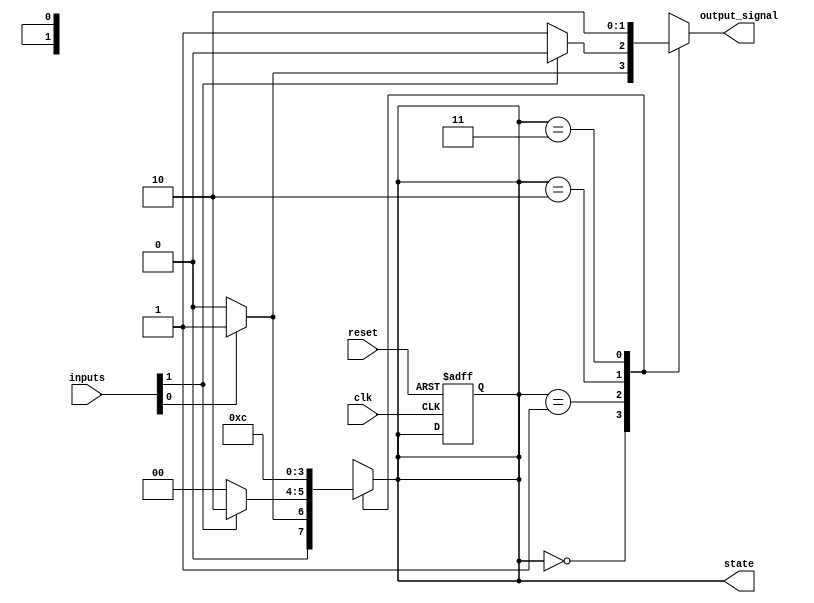
module N_bit_mealy_fsm #(
    parameter N = 2,           // Number of bits for the state
    parameter NUM_STATES = 4   // Number of states (2^N)
) (
    input wire clk,            // Clock signal
    input wire reset,          // Active high reset
    input wire [1:0] inputs,   // Input signals (adjust size as needed)
    output reg [N-1:0] state,  // Current state
    output reg output_signal    // Output signal
);

// State encoding
localparam STATE_0 = 2'b00;
localparam STATE_1 = 2'b01;
localparam STATE_2 = 2'b10;
localparam STATE_3 = 2'b11;

// Next state logic
always @(*) begin
    case(state)
        STATE_0: begin
            if (inputs[0]) begin
                state = STATE_1;
                output_signal = 1'b1; // Output for STATE_0
            end else begin
                state = STATE_0;
                output_signal = 1'b0; // Output for STATE_0
            end
        end
        STATE_1: begin
            if (inputs[1]) begin
                state = STATE_2;
                output_signal = 1'b0; // Output for STATE_1
            end else begin
                state = STATE_0;
                output_signal = 1'b1; // Output for STATE_1
            end
        end
        STATE_2: begin
            state = STATE_3; // Transition to STATE_3
            output_signal = 1'b1; // Output for STATE_2
        end
        STATE_3: begin
            state = STATE_0; // Transition back to STATE_0
            output_signal = 1'b0; // Output for STATE_3
        end
        default: begin
            state = STATE_0; // Default state
            output_signal = 1'b0; // Default output
        end
    endcase
end

// State register
always @(posedge clk or posedge reset) begin
    if (reset) begin
        state <= STATE_0; // Reset to initial state
    end else begin
        // Update state based on the next state logic
        state <= state;
    end
end

endmodule